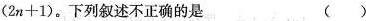
(2n+1)。下列叙述不正确的是 ()